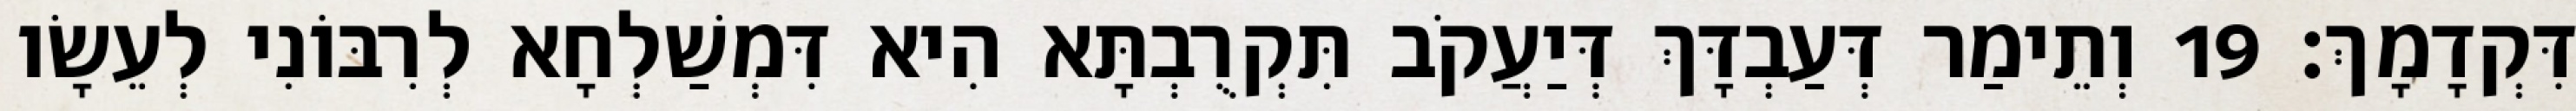
דִּקְדָמָךְ׃ 19 וְתֵימַר דְּעַבְדָּךְ דְּיַעֲקֹב תִּקְרֻבְתָּא הִיא דִּמְשַׁלְחָא לְרִבּוֹנִי לְעֵשָׂו